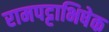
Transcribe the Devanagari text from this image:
रामपट्टाभिषेक